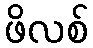
ဖိလစ်